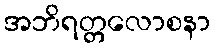
အဘိရတ္တလောစနာ